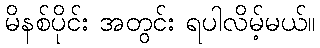
မိနစ်ပိုင်း အတွင်း ရပါလိမ့်မယ်။